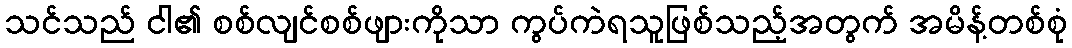
သင်သည် ငါ၏ စစ်လျင်စစ်ဖျားကိုသာ ကွပ်ကဲရသူဖြစ်သည့်အတွက် အမိန့်တစ်စုံ